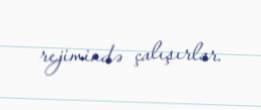
rejimində çalışırlar.